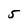
Character: 5